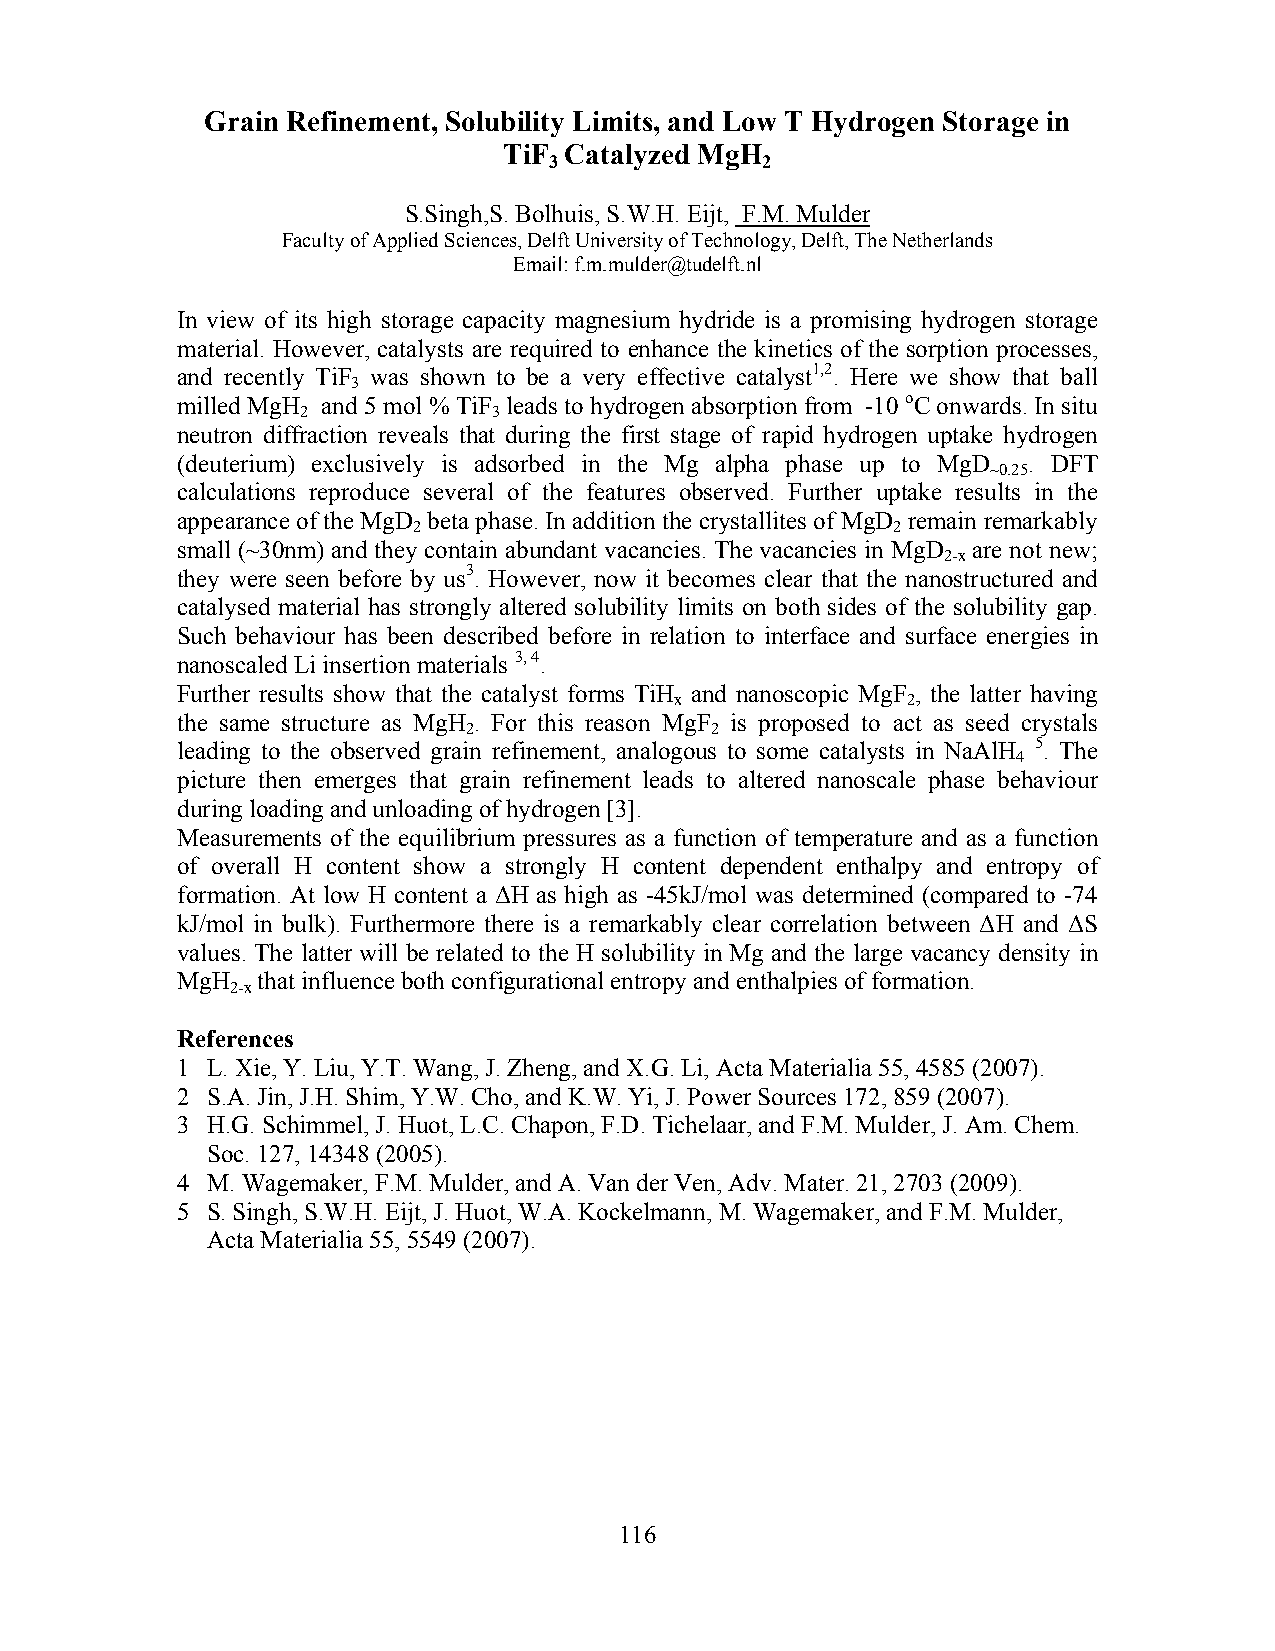
Grain Refinement, Solubility Limits, and Low T Hydrogen Storage in
 TiF Catalyzed MgH
 3             2
 S.Singh,S. Bolhuis, S.W.H. Eijt, F.M. Mulder
 Faculty of Applied Sciences, Delft University of Technology, Delft, The Netherlands
 Email: f.m.mulder@tudelft.nl
 In view of its high storage capacity magnesium hydride is a promising hydrogen storage
 material. However, catalysts are required to enhance the kinetics of the sorption processes,
 and recently TiF was shown to be a very effective catalyst1,2. Here we show that ball
 3
 milled MgH and 5 mol % TiF leads to hydrogen absorption from -10 oC onwards. In situ
 2            3
 neutron diffraction reveals that during the first stage of rapid hydrogen uptake hydrogen
 (deuterium) exclusively is adsorbed in the Mg alpha phase up to MgD . DFT
 ~0.25
 calculations reproduce several of the features observed. Further uptake results in the
 appearance of the MgD beta phase. In addition the crystallites of MgD remain remarkably
 2                               2
 small (~30nm) and they contain abundant vacancies. The vacancies in MgD are not new;
 2-x
 they were seen before by us3. However, now it becomes clear that the nanostructured and
 catalysed material has strongly altered solubility limits on both sides of the solubility gap.
 Such behaviour has been described before in relation to interface and surface energies in
 nanoscaled Li insertion materials 3, 4.
 Further results show that the catalyst forms TiH and nanoscopic MgF , the latter having
 x              2
 the same structure as MgH . For this reason MgF is proposed to act as seed crystals
 2               2
 leading to the observed grain refinement, analogous to some catalysts in NaAlH 5. The
 4
 picture then emerges that grain refinement leads to altered nanoscale phase behaviour
 during loading and unloading of hydrogen [3].
 Measurements of the equilibrium pressures as a function of temperature and as a function
 of overall H content show a strongly H content dependent enthalpy and entropy of
 formation. At low H content a ΔH as high as -45kJ/mol was determined (compared to -74
 kJ/mol in bulk). Furthermore there is a remarkably clear correlation between ΔH and ΔS
 values. The latter will be related to the H solubility in Mg and the large vacancy density in
 MgH  that influence both configurational entropy and enthalpies of formation.
 2-x
 References
 1 L. Xie, Y. Liu, Y.T. Wang, J. Zheng, and X.G. Li, Acta Materialia 55, 4585 (2007).
 2 S.A. Jin, J.H. Shim, Y.W. Cho, and K.W. Yi, J. Power Sources 172, 859 (2007).
 3 H.G. Schimmel, J. Huot, L.C. Chapon, F.D. Tichelaar, and F.M. Mulder, J. Am. Chem.
 Soc. 127, 14348 (2005).
 4 M. Wagemaker, F.M. Mulder, and A. Van der Ven, Adv. Mater. 21, 2703 (2009).
 5 S. Singh, S.W.H. Eijt, J. Huot, W.A. Kockelmann, M. Wagemaker, and F.M. Mulder,
 Acta Materialia 55, 5549 (2007).
 116